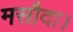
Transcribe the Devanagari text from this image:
मसौदा।